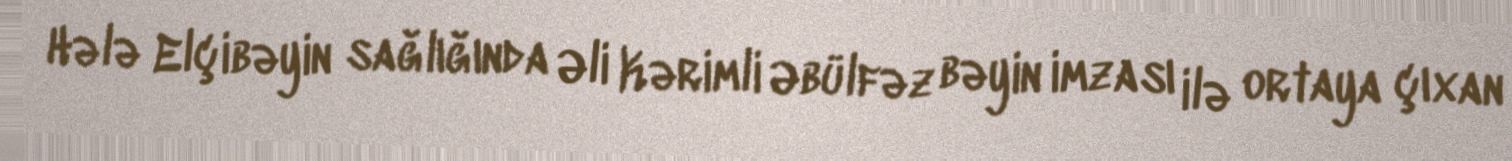
Hələ Elçibəyin sağlığında Əli Kərimli Əbülfəz bəyin imzası ilə ortaya çıxan